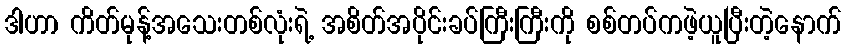
ဒါဟာ ကိတ်မုန့်အသေးတစ်လုံးရဲ့ အစိတ်အပိုင်းခပ်ကြီးကြီးကို စစ်တပ်ကဖဲ့ယူပြီးတဲ့နောက်